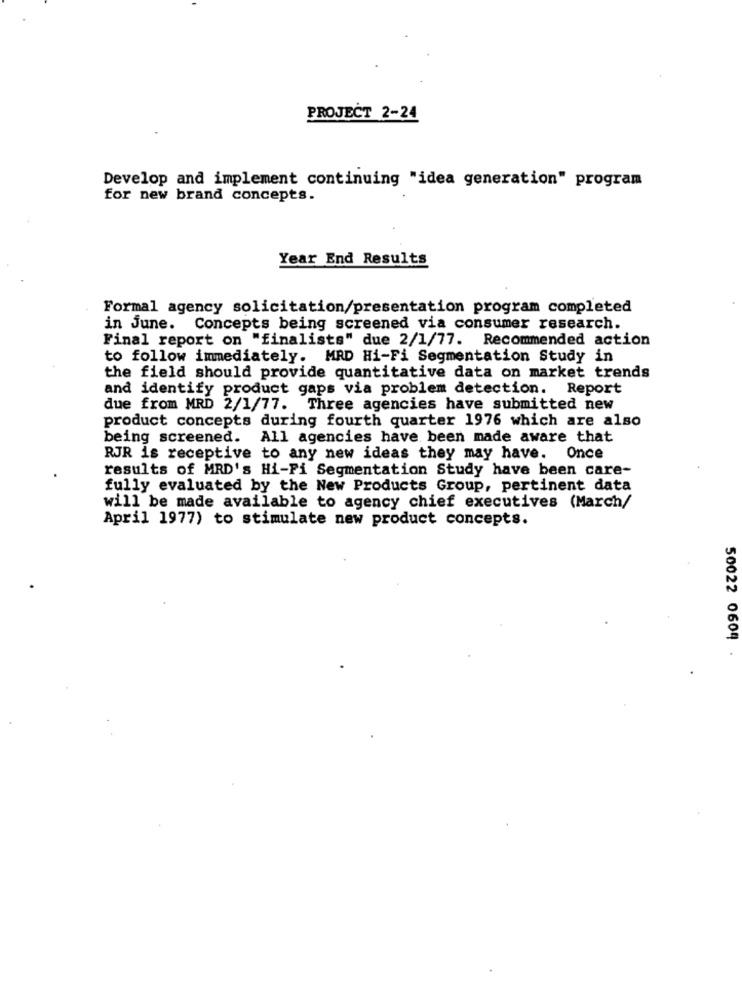
PROJECT 2-24
Develop and implement continuing "idea generation" program
for new brand concepts.
Year End Results
Formal agency solicitation/presentation program completed
in June. Concepts being screened via consumer research.
Final report on "finalists" due 2/1/77. Recommended action
to follow immediately. MAD Hi-Fi Segmentation Study in
the field should provide quantitative data on market trends
and identify product gaps via problem detection. Report
due from MRD 2/1/77. Three agencies have submitted new
product concepts during fourth quarter 1976 which are also
being screened. All agencies have been made aware that
RJR is receptive to any new ideas they may have. Once
results of MRD's Hi-Fi Segmentation Study have been care-
fully evaluated by the New Products Group, pertinent data
will be made available to agency chief executives (March/
April 1977) to stimulate new product concepts.
50022 0609